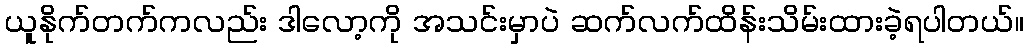
ယူနိုက်တက်ကလည်း ဒါလော့ကို အသင်းမှာပဲ ဆက်လက်ထိန်းသိမ်းထားခဲ့ရပါတယ်။